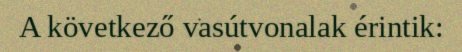
A következő vasútvonalak érintik: